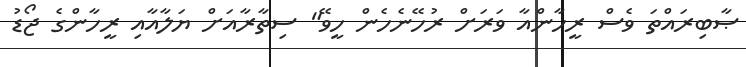
ޞާބިރައްތަ ވެސް ރީހާންއާ ވަރަށް ރުހޭނެހެން ހީވޭ" ސިތާރާއަށް ޔަލާއާއި ރީހާންގެ ޖޯޑު